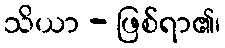
သိယာ - ဖြစ်ရာ၏၊